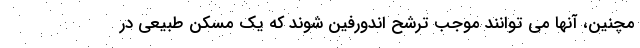
مچنین، آنها می توانند موجب ترشح اندورفین شوند که یک مسکن طبیعی در